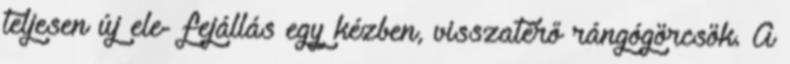
teljesen új ele- fejállás egy kézben, visszatérő rángógörcsök. A